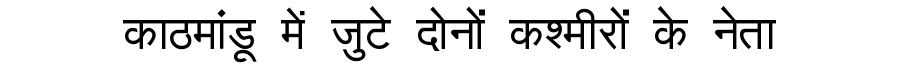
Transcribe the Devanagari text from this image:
काठमांडू में जुटे दोनों कश्मीरों के नेता